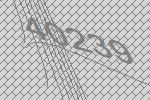
40239